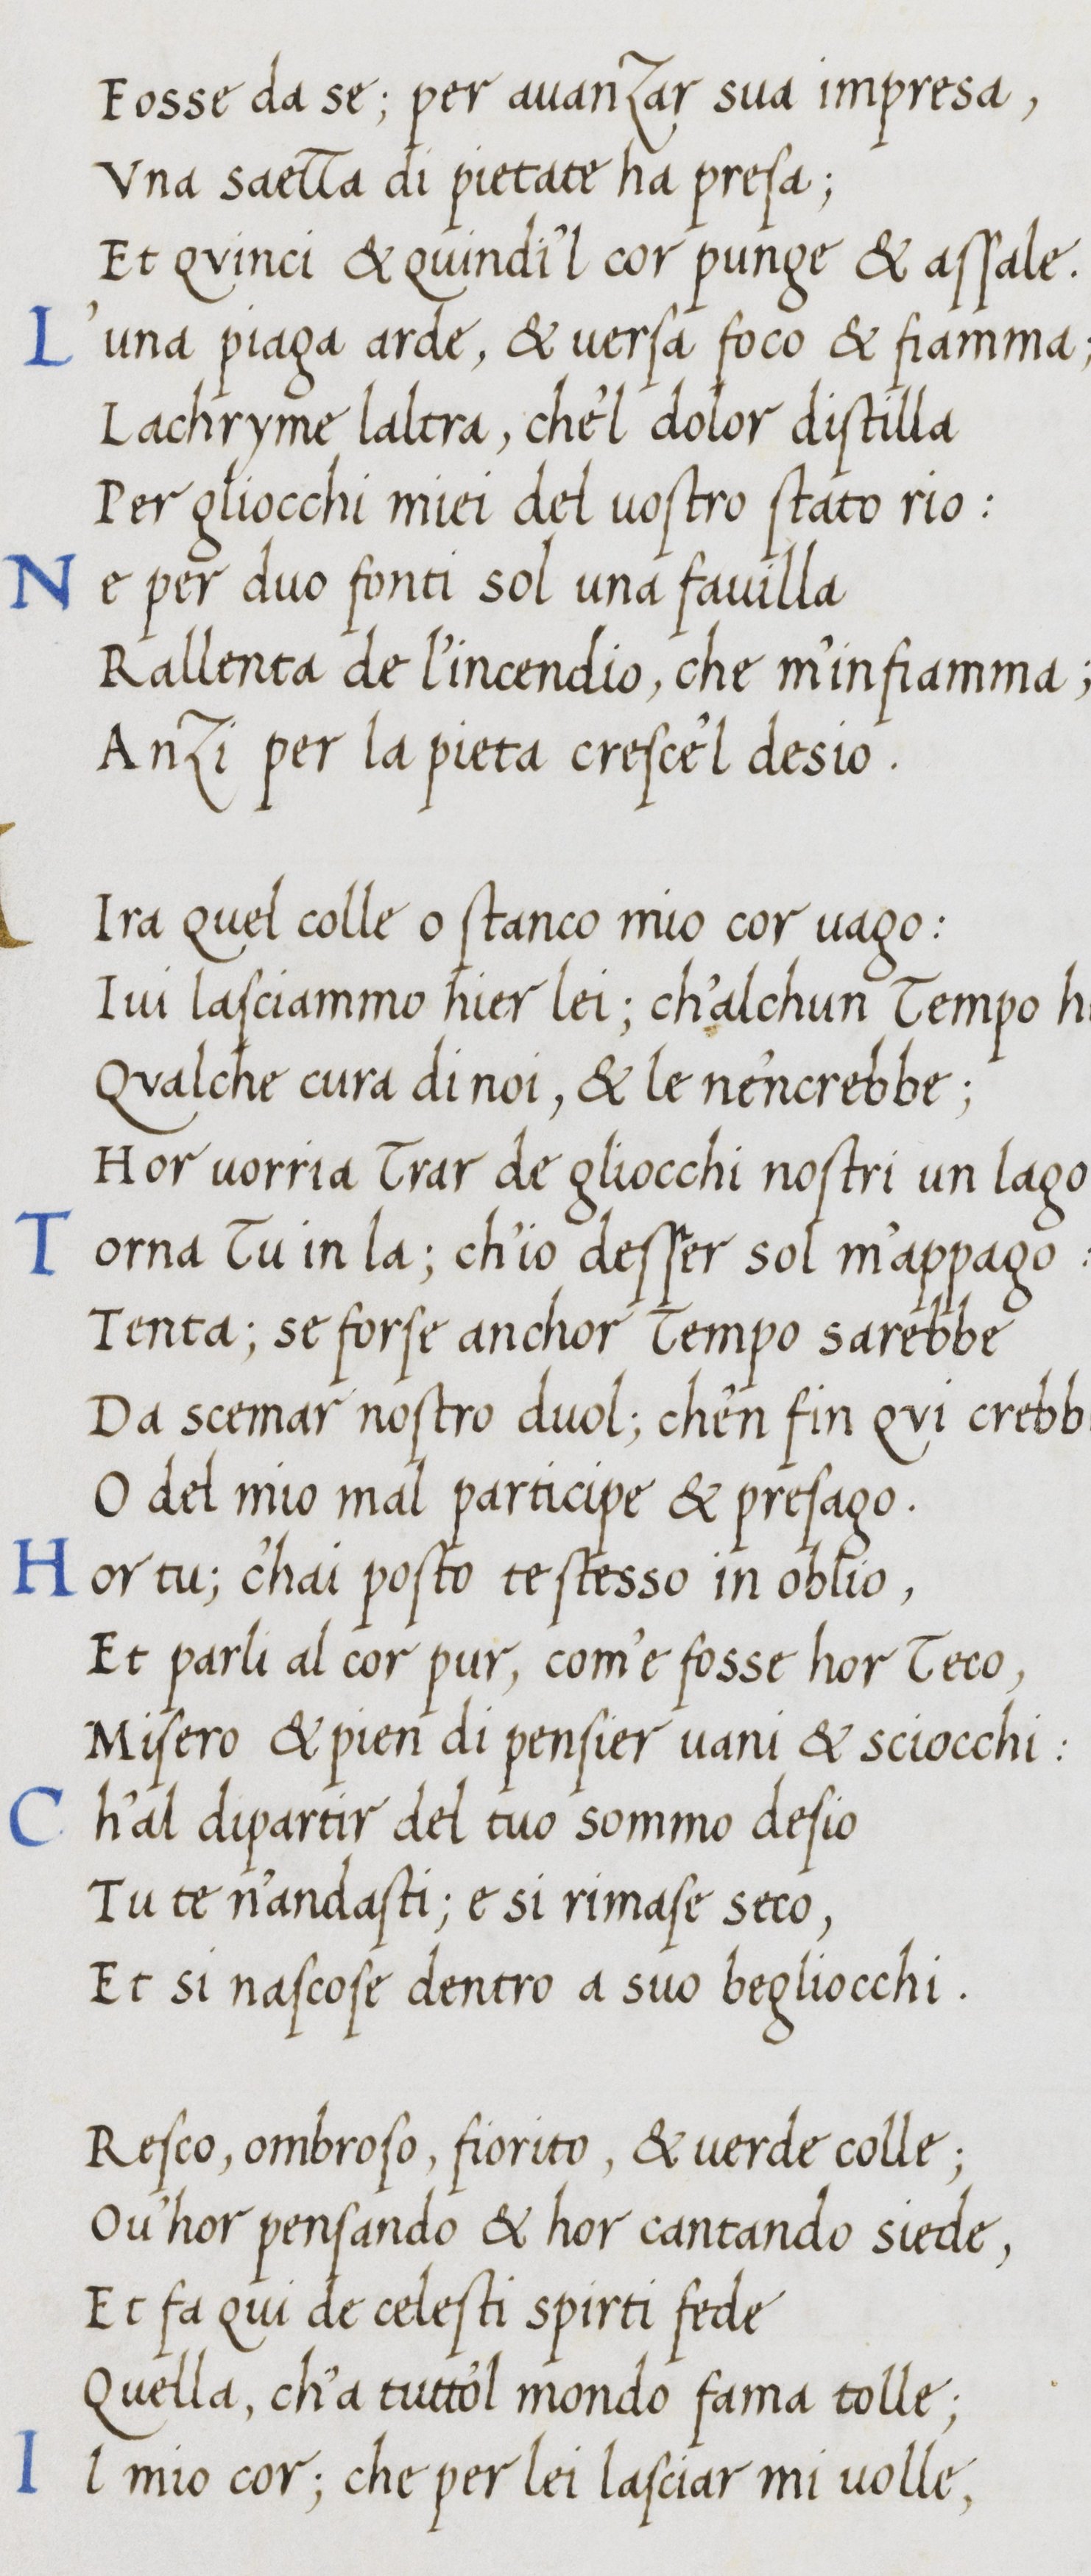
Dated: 1400–1499